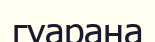
гуарана